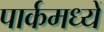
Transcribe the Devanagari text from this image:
पार्कमध्यें